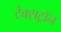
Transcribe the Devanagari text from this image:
टेक्सट्रॉन